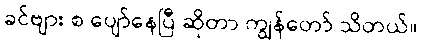
ခင်ဗျား စ ပျော်နေပြီ ဆိုတာ ကျွန်တော် သိတယ်။